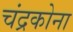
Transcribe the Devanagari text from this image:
चंद्रकोना